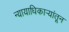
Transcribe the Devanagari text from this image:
न्यायाधिकाऱ्यांतून